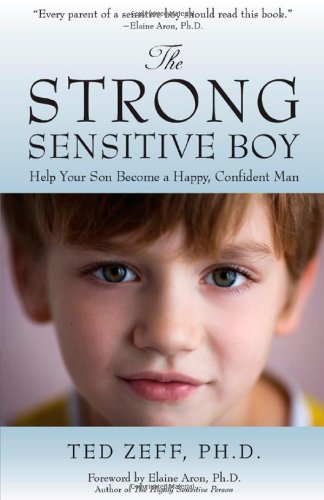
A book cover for The Strong, Sensitive Boy; Ted Zeff; Parenting & Relationships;